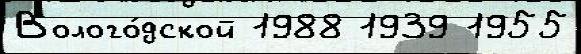
Волого́дской 1988 1939 1955